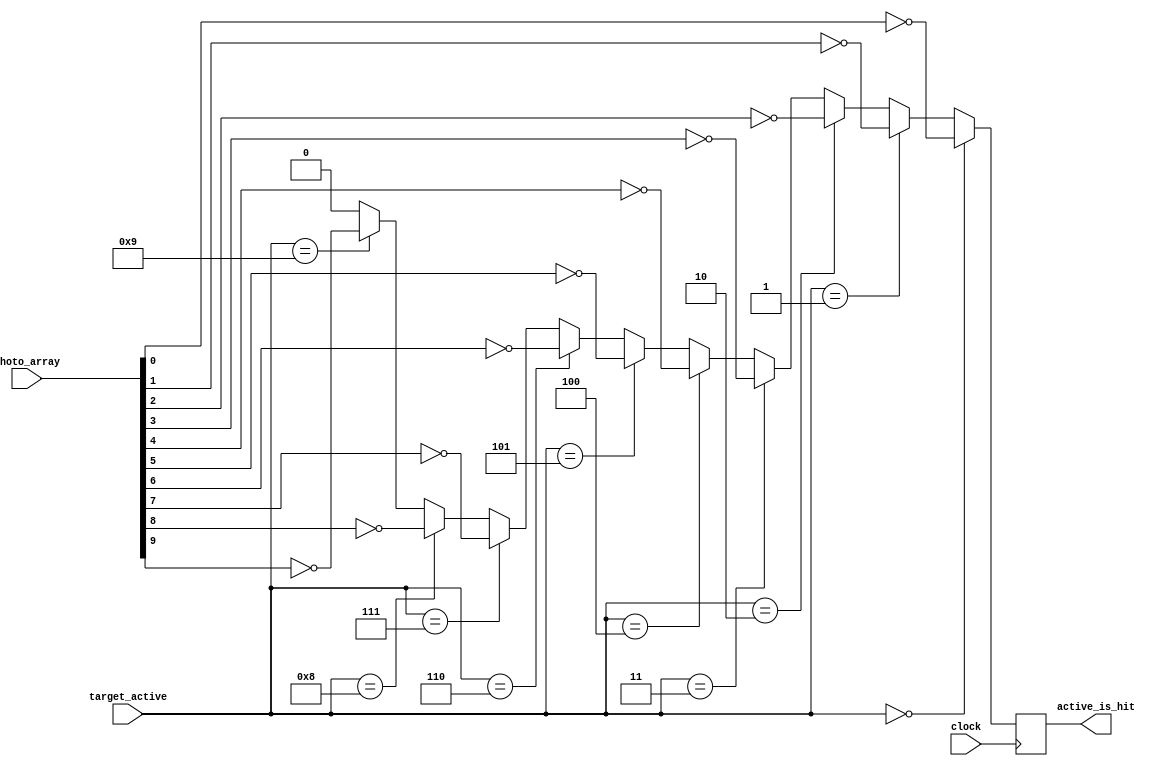
module hit_checker(clock, target_active, photo_array, active_is_hit);

	input clock;
	input [3:0] target_active;
	input [9:0] photo_array;
	output active_is_hit;
	reg active_hit_reg;
	assign active_is_hit = active_hit_reg;
	
	initial begin
		active_hit_reg <= 1'b0;
	end
	
	always @(posedge clock) begin
	
		if (target_active == 4'd0) begin
			active_hit_reg <= ~photo_array[0];
		end else if (target_active == 4'd1) begin
			active_hit_reg <= ~photo_array[1];
		end else if (target_active == 4'd2) begin
			active_hit_reg <= ~photo_array[2];
		end else if (target_active == 4'd3) begin
			active_hit_reg <= ~photo_array[3];
		end else if (target_active == 4'd4) begin
			active_hit_reg <= ~photo_array[4];
		end else if (target_active == 4'd5) begin
			active_hit_reg <= ~photo_array[5];
		end else if (target_active == 4'd6) begin
			active_hit_reg <= ~photo_array[6];
		end else if (target_active == 4'd7) begin
			active_hit_reg <= ~photo_array[7];
		end else if (target_active == 4'd8) begin
			active_hit_reg <= ~photo_array[8];
		end else if (target_active == 4'd9) begin
			active_hit_reg <= ~photo_array[9];
		end else begin
			active_hit_reg <= 1'b0;
		end
	end
	
endmodule